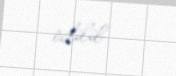
edilib...